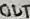
Text: OUT